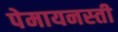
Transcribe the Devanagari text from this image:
पेमायनस्‍ती